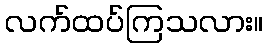
လက်ထပ်ကြသလား။